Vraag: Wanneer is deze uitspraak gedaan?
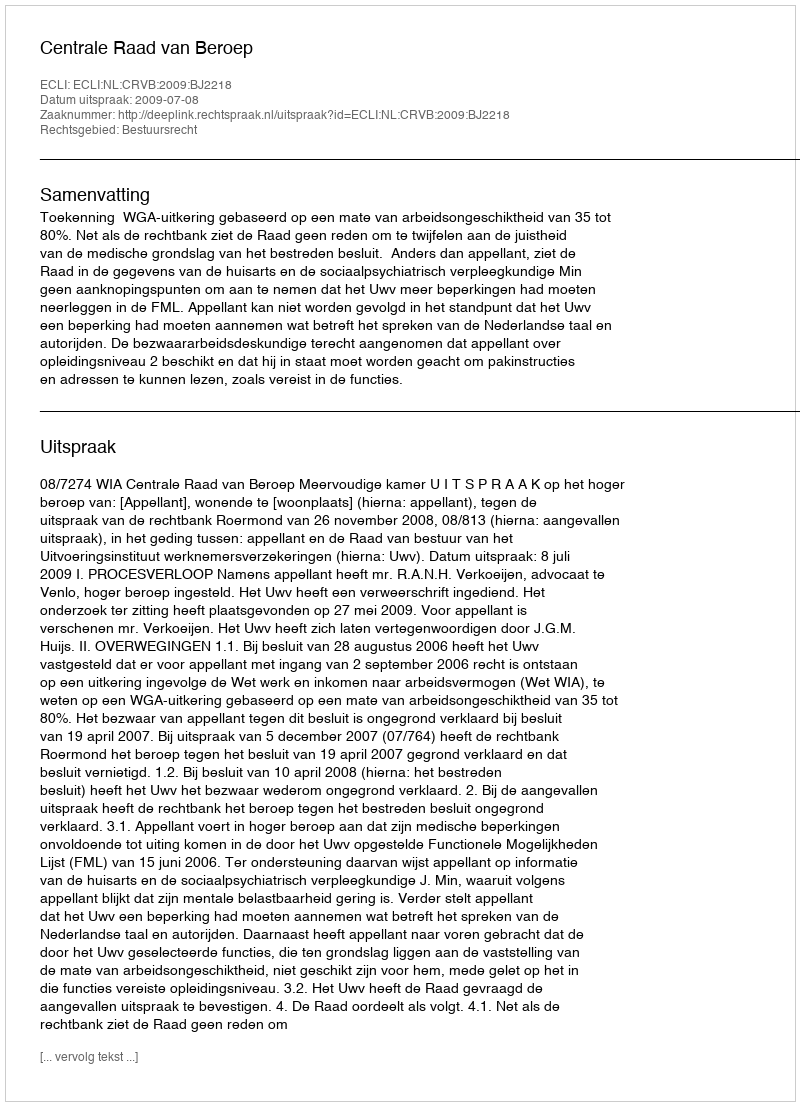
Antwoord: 2009-07-08